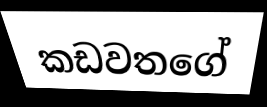
කඩවතගේ